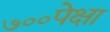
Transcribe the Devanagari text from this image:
७००पेक्षा